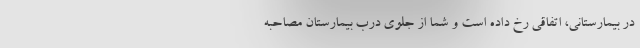
در بیمارستانی، اتفاقی رخ داده است و شما از جلوی درب بیمارستان مصاحبه